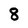
Character: 8